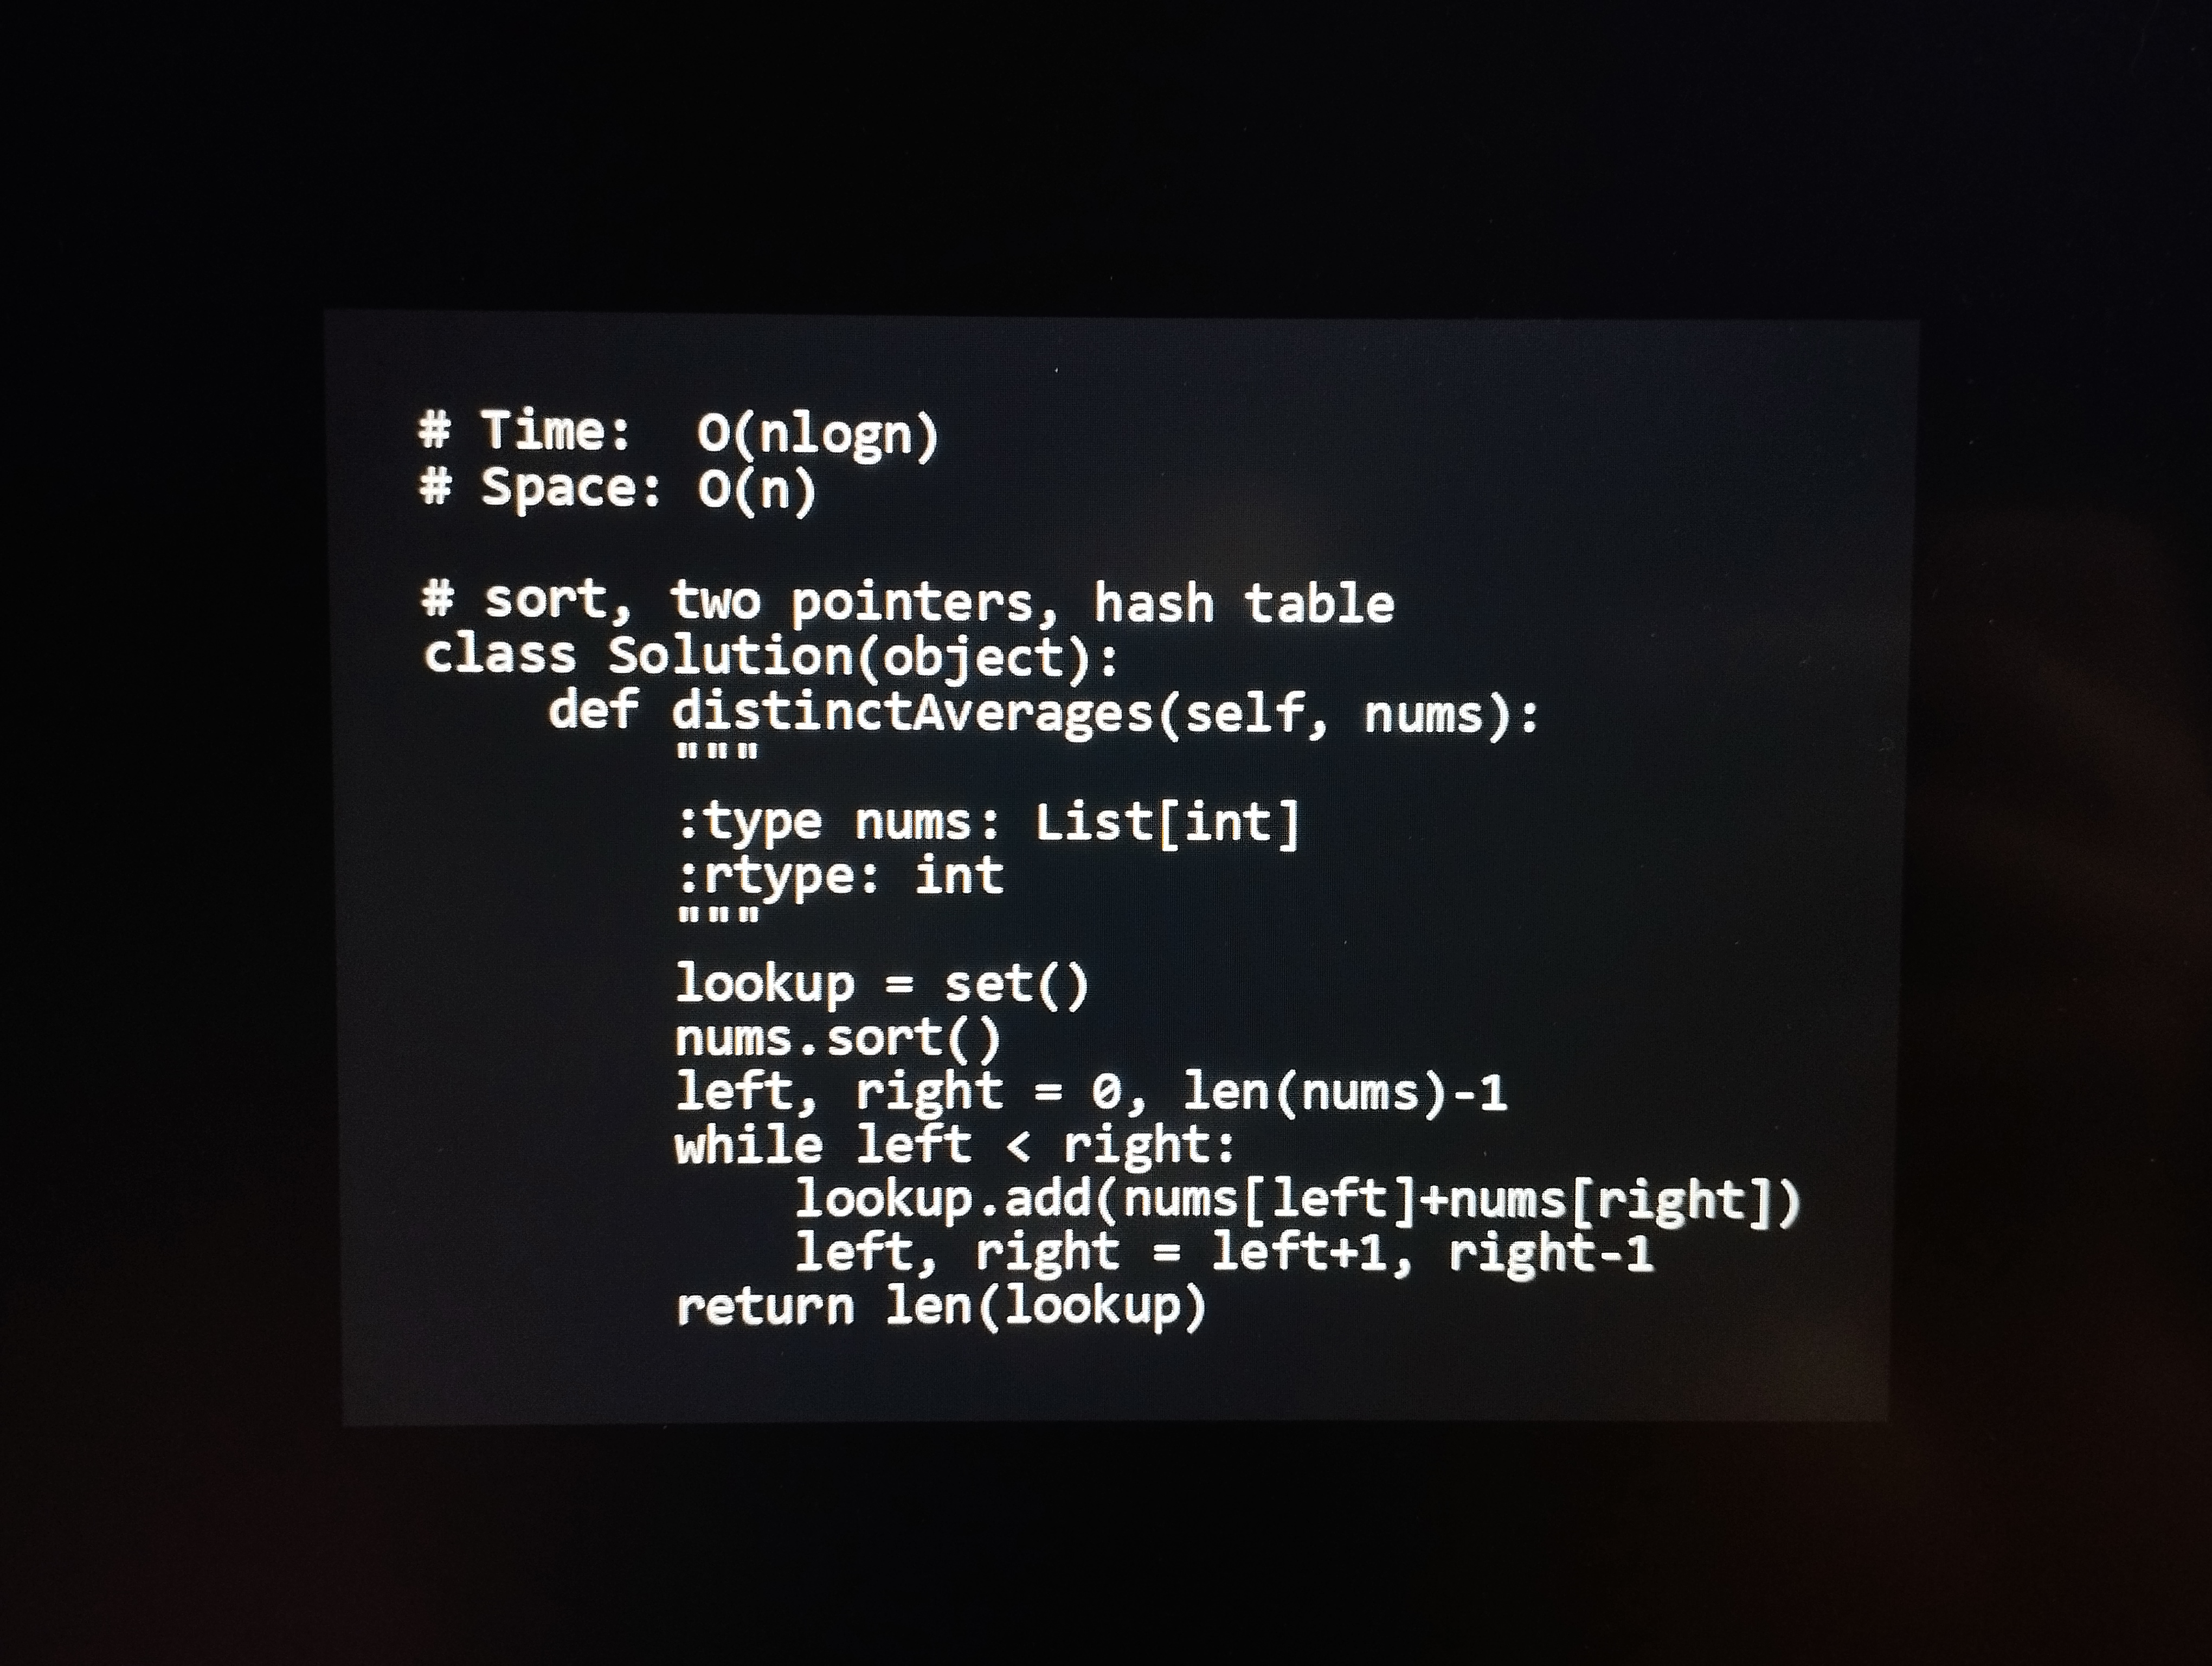
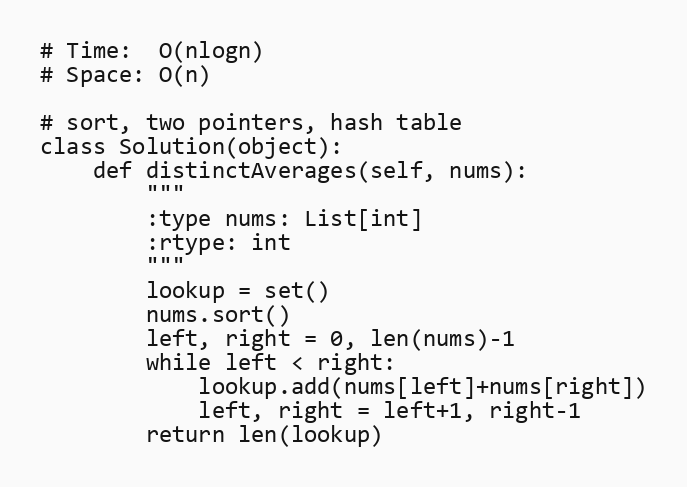
# Time:  O(nlogn)
# Space: O(n)

# sort, two pointers, hash table
class Solution(object):
    def distinctAverages(self, nums):
        """
        :type nums: List[int]
        :rtype: int
        """
        lookup = set()
        nums.sort()
        left, right = 0, len(nums)-1
        while left < right:
            lookup.add(nums[left]+nums[right])
            left, right = left+1, right-1
        return len(lookup)